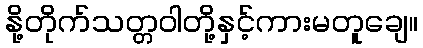
နို့တိုက်သတ္တဝါတို့နှင့်ကားမတူချေ။